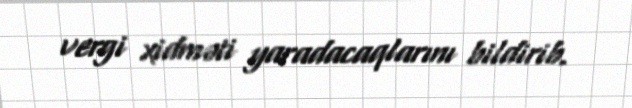
vergi xidməti yaradacaqlarını bildirib.